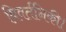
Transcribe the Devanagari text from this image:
विवर्तनिकी।